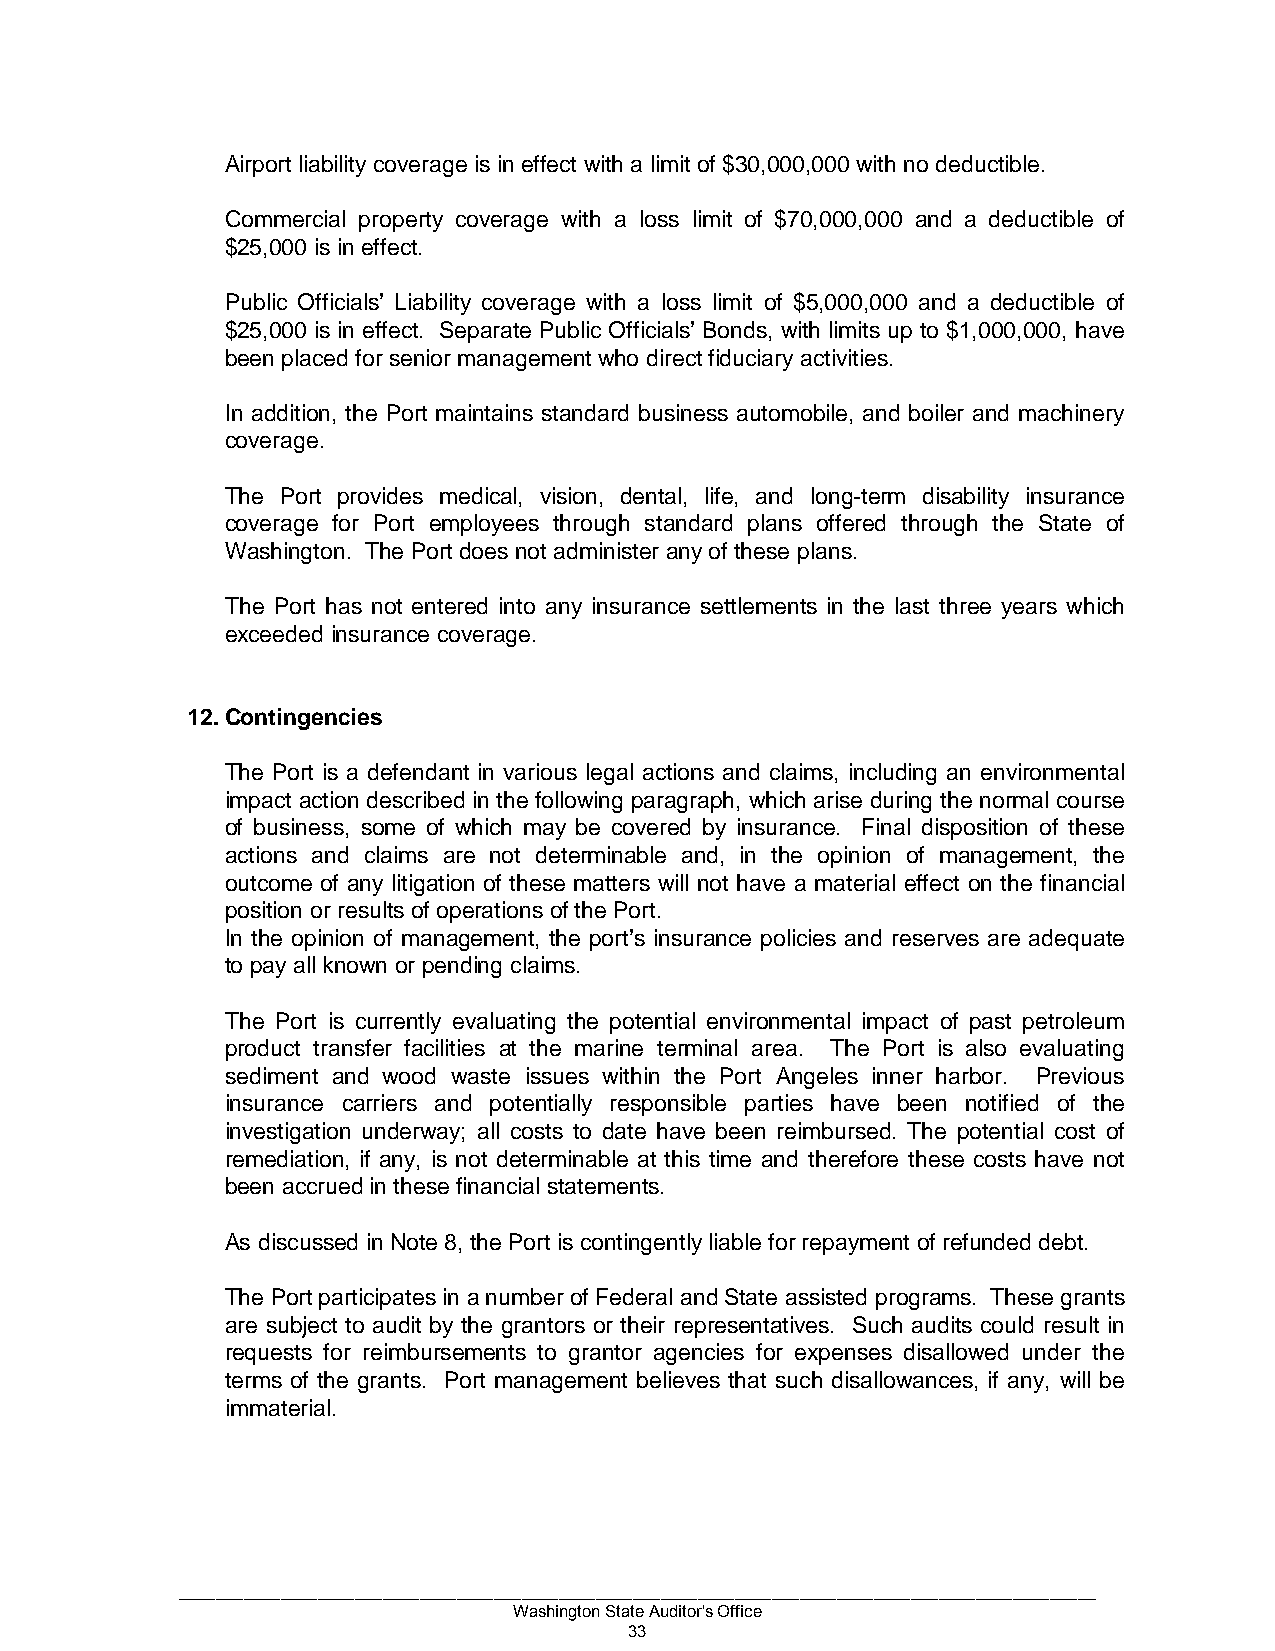
Airport liability coverage is in effect with a limit of $30,000,000 with no deductible.
 Commercial property coverage with a loss limit of $70,000,000 and a deductible of
 $25,000 is in effect.
 Public Officials’ Liability coverage with a loss limit of $5,000,000 and a deductible of
 $25,000 is in effect. Separate Public Officials’ Bonds, with limits up to $1,000,000, have
 been placed for senior management who direct fiduciary activities.
 In addition, the Port maintains standard business automobile, and boiler and machinery
 coverage.
 The Port provides medical, vision, dental, life, and long-term disability insurance
 coverage for Port employees through standard plans offered through the State of
 Washington. The Port does not administer any of these plans.
 The Port has not entered into any insurance settlements in the last three years which
 exceeded insurance coverage.
 12. Contingencies
 The Port is a defendant in various legal actions and claims, including an environmental
 impact action described in the following paragraph, which arise during the normal course
 of business, some of which may be covered by insurance. Final disposition of these
 actions and claims are not determinable and, in the opinion of management, the
 outcome of any litigation of these matters will not have a material effect on the financial
 position or results of operations of the Port.
 In the opinion of management, the port’s insurance policies and reserves are adequate
 to pay all known or pending claims.
 The Port is currently evaluating the potential environmental impact of past petroleum
 product transfer facilities at the marine terminal area. The Port is also evaluating
 sediment and wood waste issues within the Port Angeles inner harbor. Previous
 insurance carriers and potentially responsible parties have been notified of the
 investigation underway; all costs to date have been reimbursed. The potential cost of
 remediation, if any, is not determinable at this time and therefore these costs have not
 been accrued in these financial statements.
 As discussed in Note 8, the Port is contingently liable for repayment of refunded debt.
 The Port participates in a number of Federal and State assisted programs. These grants
 are subject to audit by the grantors or their representatives. Such audits could result in
 requests for reimbursements to grantor agencies for expenses disallowed under the
 terms of the grants. Port management believes that such disallowances, if any, will be
 immaterial.
 ___________________________________________________________________________________________________
 Washington State Auditor's Office
 33